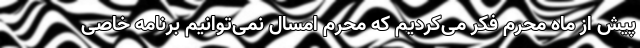
پیش از ماه محرم فکر می‌کردیم که محرم امسال نمی‌توانیم برنامه خاصی